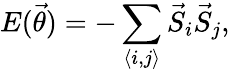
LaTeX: E(\vec{\theta})=-\sum_{\langle i,j\rangle}\vec{S}_{i}\vec{S}_{j},